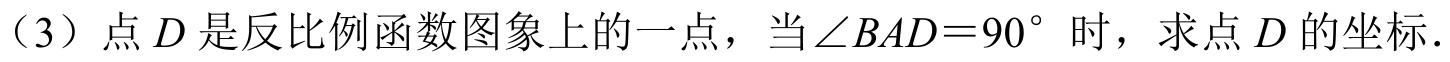
（3）点\(D\)是反比例函数图象上的一点，当\(\angle BAD = 90^{\circ}\)时，求点\(D\)的坐标.